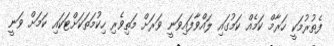
ފެތުރުމަކީ ހަރާމް ކަމެއް ކަމުގައި ލައްވާފައިވަނީ ވަރަށް މަތިވެރި ހިކުމަތަކަށްޓަކައި ކަމަށް ވަނީ